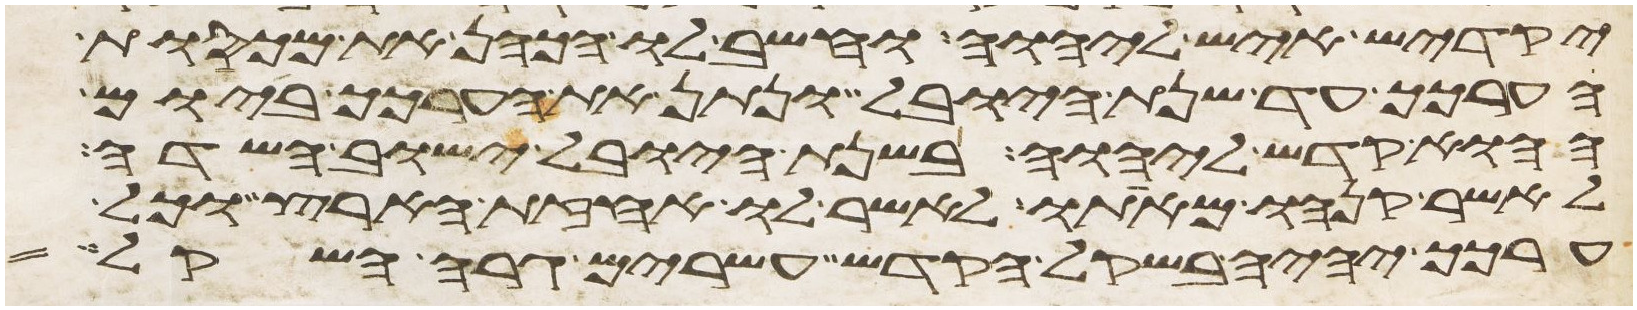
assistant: יקדיש איש ליהוה וחשב לו הכהן את מכסות
הערכך עד שנת היובל ונתן את הערכך ביום
ההוא קדש ליהוה בשנת היובל ישוב השדה
לאשר קנהו מאתו לאשר לו אחזת הארץ וכל
ערכך יהיה בשקל הקדש עשרים גרה השקל